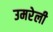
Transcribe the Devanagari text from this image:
उमरेली